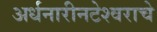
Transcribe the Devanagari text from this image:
अर्धनारीनटेश्वराचे